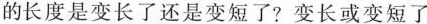
的长度是变长了还是变短了? 变长或变短了